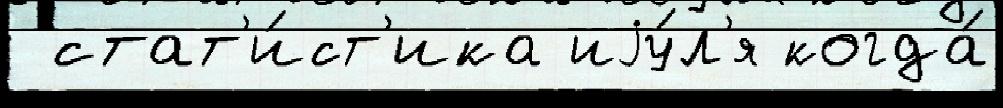
 стат'и́ст'ика иjу́л'я когда́